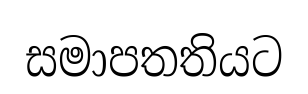
සමාපතතියට